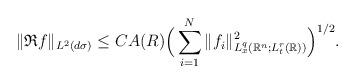
LaTeX: \begin{align*}\|\mathfrak R f \|_{L^2(d\sigma)} \le C A(R) \Big( \sum_{i=1}^{N} \|f_i \|^2_{L_{x}^{q}(\mathbb R^n;L_{t}^{r}(\mathbb R))} \Big)^{1/2}.\end{align*}